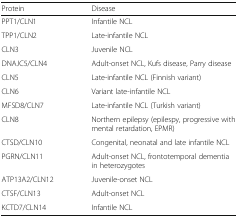
| Protein | Disease |
 | --- | --- |
 | PPT1/CLN1 | Infantile NCL |
 | TPP1/CLN2 | Late-infantile NCL |
 | CLN3 | Juvenile NCL |
 | DNAJC5/CLN4 | Adult-onset NCL, Kufs disease, Parry disease |
 | CLN5 | Late-infantile NCL (Finnish variant) |
 | CLN6 | Variant late-infantile NCL |
 | MFSD8/CLN7 | Late-infantile NCL (Turkish variant) |
 | CLN8 | Northern epilepsy (epilespy, progressive with mental retardation, EPMR) |
 | CTSD/CLN10 | Congenital, neonatal and late infantile NCL |
 | PGRN/CLN11 | Adult-onset NCL, frontotemporal dementia in heterozygotes |
 | ATP13A2/CLN12 | Juvenile-onset NCL |
 | CTSF/CLN13 | Adult-onset NCL |
 | KCTD7/CLN14 | Infantile NCL |